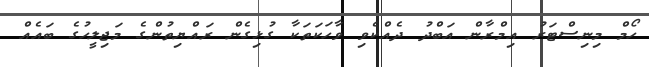
ހޯމް މިނިސްޓަރު އިމްރާން އަބްދު ދެއްކެވި ވާހަކަތަކާ ގުޅިގެން ރައްޔިތުންގެ މަޖިލީހުގެ ބައެއް